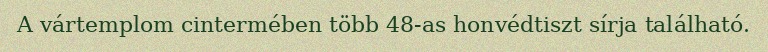
A vártemplom cintermében több 48-as honvédtiszt sírja található.